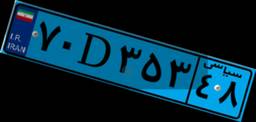
۷۰D۳۵۳۴۸